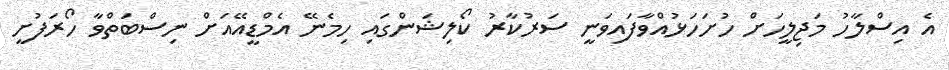
އެ އިސްލާހު މަޖިލީހަށް ހުށަހަޅުއްވާފައިވަނީ ސަރުކާރު ކޯލިޝަންގައި ހިމެނޭ އެމްޑީއޭއަށް ނިސްބަތްވާ ހޯރަފުށީ